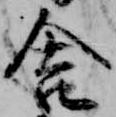
舎